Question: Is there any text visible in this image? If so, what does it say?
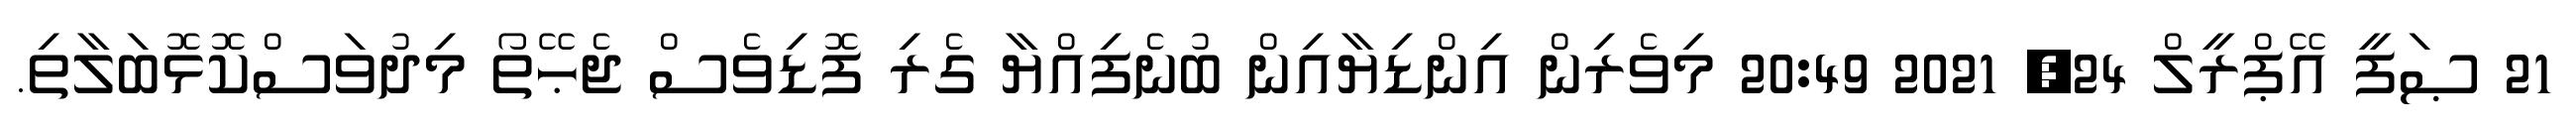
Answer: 21 ޞަފީ އޭޕްރީލް 24, 2021 20:49 މިވެރިން އިންޑިޔާއިން ބުނެފިއްޔާ ގެރި ފޮޑިވެސް ޖެޙޭތޯ މިދުވަސްކޮޅޮބަލާތި.